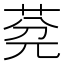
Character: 𦯲